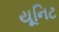
યૂનિટ